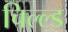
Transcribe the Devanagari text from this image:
चिल्ल्ड